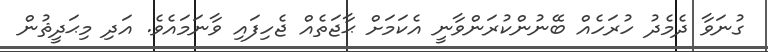
ގުނަވާ ދެމެދު ހުރަހެއް ބޭނުންކުރަންވާނީ އެކަމަށް ޙާޖަތެއް ޖެހިފައި ވާނަމައެވެ. އަދި މިޙަދީޘުން